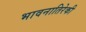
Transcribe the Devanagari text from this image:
भावनातिरेकी